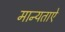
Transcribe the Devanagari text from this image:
मान्यताऐ